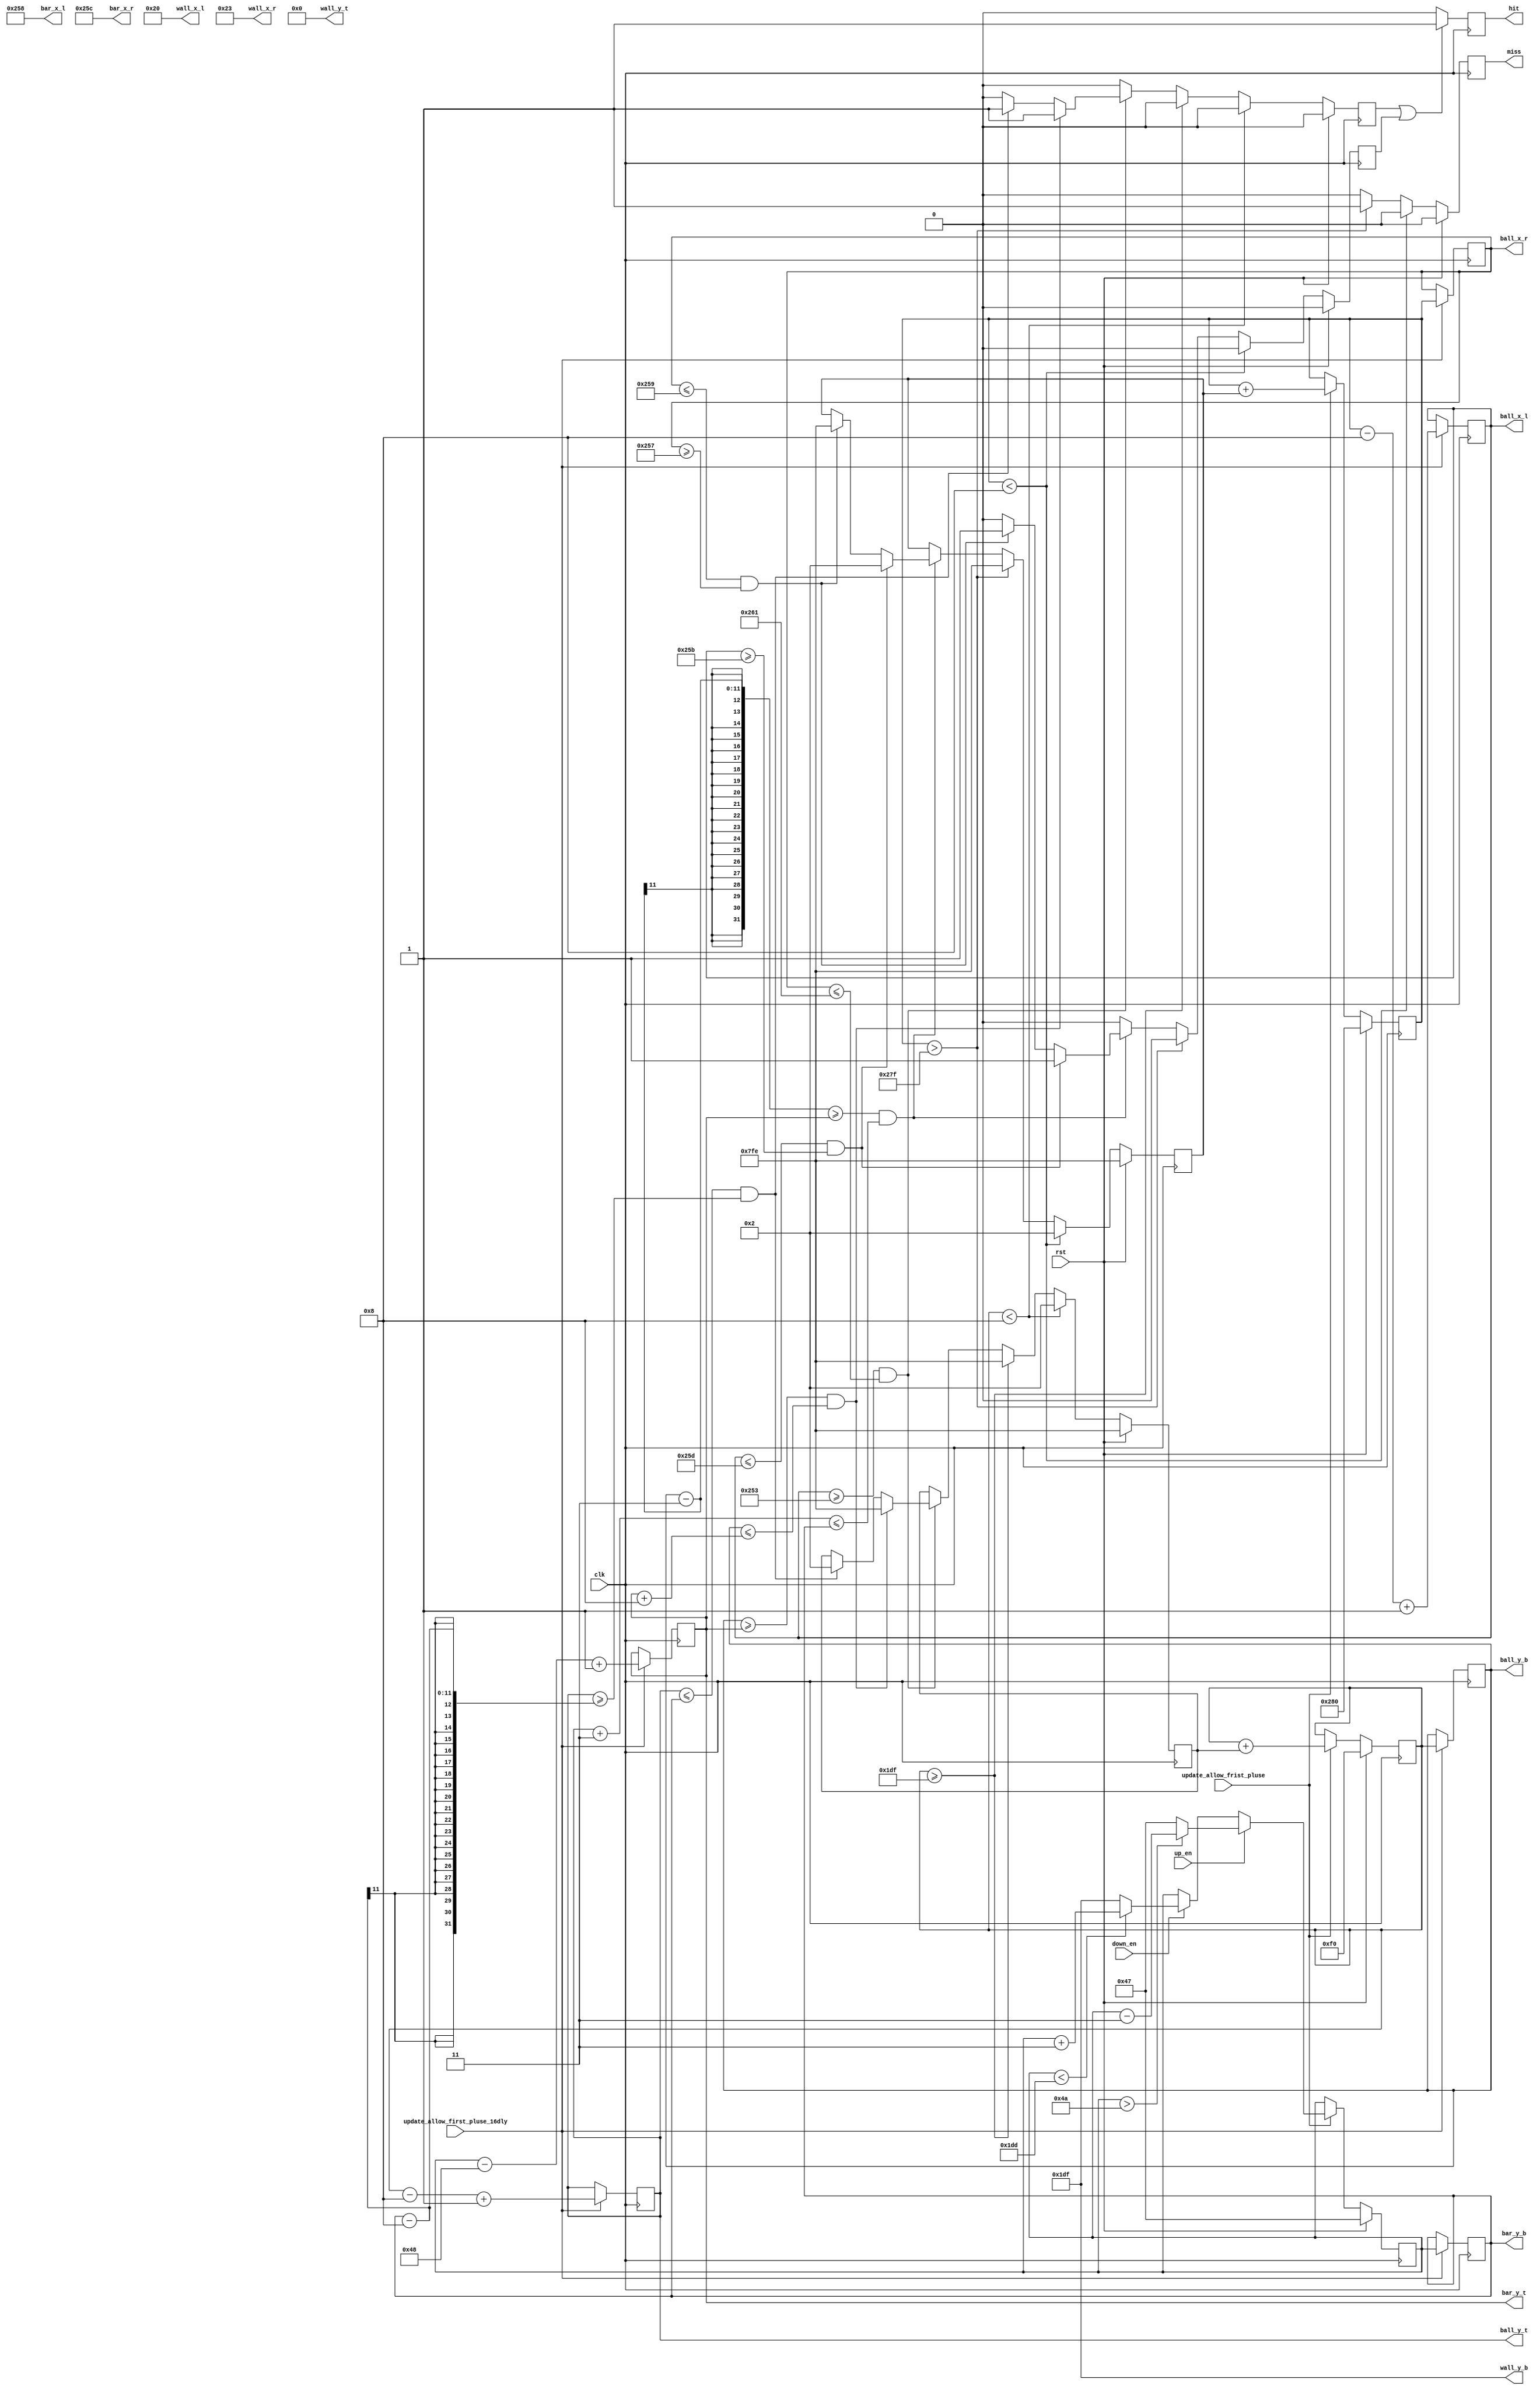
module object_ctrl
(
   // --- clock and reset 
   input  wire        clk,
   input  wire        rst,

   // --- VGA synchronizer 
   input  wire        update_allow_frist_pluse, 
   input  wire        update_allow_first_pluse_16dly, 
    
   // --- outside control signals 
   input  wire        up_en, 
   input  wire        down_en, 
   
   // --- wall singals
   output wire [10:0]  wall_x_l,
   output wire [10:0]  wall_x_r,
   output wire [10:0]  wall_y_t,
   output wire [10:0]  wall_y_b,

   // --- bar singals
   output wire [10:0]  bar_x_l,
   output wire [10:0]  bar_x_r,
   output wire [10:0]  bar_y_t,
   output wire [10:0]  bar_y_b,

   // --- ball  singals
   output wire [10:0]  ball_x_l,
   output wire [10:0]  ball_x_r,
   output wire [10:0]  ball_y_t,
   output wire [10:0]  ball_y_b,
    
   // --- ball status  
   output wire        hit,
   output wire        miss

); 


   // Global properties
   parameter MAX_Y   =  480;
   parameter MAX_X   =  640;  

   // Wall properties
   parameter WALL_X_L = 32;
   parameter WALL_X_R = 35;
   parameter WALL_Y_T = 0;
   parameter WALL_Y_B = 479; 

   // Bar properties 
   parameter BAR_X_L = 600; 
   parameter BAR_X_R = 604; 
   parameter BAR_Y_V = 3 ; // bar moving velocity 
   parameter BAR_Y_SIZE = 72; 

   // Ball properties 
   parameter BALL_X_V = 2 ; // ball X-moving velocity 
   parameter BALL_Y_V = 2 ; // ball Y-moving velocity 
   parameter BALL_SIZE = 8; 

   reg [10:0]  bar_y_b_reg, bar_y_t_r, bar_y_b_r;   

   reg [10:0]  ball_y_offset, ball_x_offset; 
   reg [10:0]  ball_y_b_reg, ball_y_t_r, ball_y_b_r;   
   reg [10:0]  ball_x_r_reg, ball_x_l_r, ball_x_r_r;   

   reg        v_hit_r, h_hit_r, hit_r, miss_r ; 

   //**********************************************************************//
   //  Wall boundry  
   //    -- position is fixed
   //**********************************************************************//
   assign wall_x_l = WALL_X_L;
   assign wall_x_r = WALL_X_R;
   assign wall_y_t = WALL_Y_T;
   assign wall_y_b = WALL_Y_B;

   
   //**********************************************************************//
   //  Bar boundry  
   //    -- x is fixed
   //    -- y can move up/down
   //**********************************************************************//
   assign bar_x_l = BAR_X_L;
   assign bar_x_r = BAR_X_R;
   assign bar_y_t = bar_y_t_r; 
   assign bar_y_b = bar_y_b_r; 

   always @( posedge clk ) begin 
      if ( rst ) begin 
         bar_y_b_reg <= BAR_Y_SIZE - 1'b1 ;   
      end else if ( update_allow_frist_pluse ) begin 
         if ( up_en ) begin
            if ( bar_y_b_reg > ( BAR_Y_SIZE + BAR_Y_V -1 ) ) begin 
               bar_y_b_reg  <= bar_y_b_reg - BAR_Y_V ; 
            end else begin
               bar_y_b_reg  <= BAR_Y_SIZE - 1 ; 
            end
         end else if ( down_en ) begin
            if ( bar_y_b_reg  < ( MAX_Y - BAR_Y_V ) ) begin 
               bar_y_b_reg  <= bar_y_b_reg + BAR_Y_V ; 
            end else begin 
               bar_y_b_reg  <= MAX_Y - 1 ; 
            end
         end 
      end
   end   

   always @( posedge clk ) begin 
      if (  update_allow_first_pluse_16dly ) begin  
         bar_y_t_r  <= bar_y_b_reg - BAR_Y_SIZE + 1'b1 ; 
         bar_y_b_r  <= bar_y_b_reg ; 
      end   
   end 

   //**********************************************************************//
   //  Ball boundry  
   //    -- x can move let/right 
   //    -- y can move up/down
   //**********************************************************************//

         
   assign ball_x_l = ball_x_l_r;
   assign ball_x_r = ball_x_r_r;
   assign ball_y_t = ball_y_t_r; 
   assign ball_y_b = ball_y_b_r; 

   // pipeline to update y positions
   // stage 1 : update moving offset 
   always @( posedge clk ) begin 
      if ( rst ) begin 
         ball_y_offset <= -BALL_Y_V ;                  // Defaul move is up    
         v_hit_r       <= 1'b0;  
      end else begin 
         v_hit_r         <= 1'b0;  
         if ( ball_y_b_reg <  BALL_SIZE ) begin     // Touch top
            ball_y_offset <= BALL_Y_V ;                   // Move down 
         end else if ( ball_y_b_reg >= ( MAX_Y - 1 ) ) begin     // Touch bottom 
            ball_y_offset <= -BALL_Y_V ;                  // Move up
         end else if (  ( ball_x_l_r  >= ( bar_x_l - 5 ) ) && ( ball_x_r_r <= ( bar_x_r + 5 ) ) )  begin 
            if ( ( ball_y_b_r >= bar_y_t_r ) && ( ball_y_b_r <= bar_y_t_r + BALL_SIZE ) ) begin 
               ball_y_offset <= -BALL_Y_V ;                  // Defaul move is up    
               v_hit_r       <= 1'b1;  
            end else if ( ( ball_y_t_r <= bar_y_b_r ) && ( ball_y_t_r >=  bar_y_b_r - BALL_SIZE ) ) begin 
               ball_y_offset <= BALL_Y_V ;                   // Move down 
               v_hit_r       <= 1'b1;  
            end  
         end   
      end    
   end 

   // stage 2 : update postion register with offset 
   always @( posedge clk ) begin 
      if ( rst ) begin 
         ball_y_b_reg <= MAX_Y/2  ;  
      end else if ( update_allow_frist_pluse ) begin 
         ball_y_b_reg <= ball_y_b_reg + ball_y_offset ;  
      end
   end   

   // stage 3 : update 2 postion registers 
   always @( posedge clk ) begin 
      if (  update_allow_first_pluse_16dly ) begin  
         ball_y_t_r  <= ball_y_b_reg - BALL_SIZE + 1'b1 ; 
         ball_y_b_r  <= ball_y_b_reg ; 
      end   
   end 

   // pipeline to update x positions
   // stage 1 : update moving offset 
   always @( posedge clk ) begin 
      if ( rst ) begin 
         ball_x_offset <= -BALL_X_V ;                  // Defaul move is left    
         h_hit_r       <= 1'b0 ;   
         miss_r        <= 1'b0 ; 
      end else begin 
         h_hit_r       <= 1'b0 ;   
         miss_r        <= 1'b0 ; 
         if ( ball_x_r_reg <  BALL_SIZE ) begin     // Touch left
            ball_x_offset <= BALL_X_V ;                   // Move right 
         end else if ( ball_x_r_reg > ( MAX_X - 1 ) ) begin     // Touch right 
            ball_x_offset <= -BALL_X_V ;                  // Move left
            miss_r        <= 1'b1 ; 
         end else if (  ( ( ball_y_b_r -3 )  >= bar_y_t_r ) && ( ( ball_y_t_r + 3 ) <= bar_y_b_r ) )  begin 
            if ( ( ball_x_l_r <= ( bar_x_r + 1 ) ) && ( ball_x_l_r >=  ( bar_x_r - 1 ) ) ) begin 
               ball_x_offset <= BALL_X_V ;                   // Move right 
               h_hit_r       <= 1'b1 ;   
            end else if ( ( ball_x_r_r <= ( bar_x_l + 1 ) ) && ( ball_x_r_r >=  ( bar_x_l - 1 ) ) ) begin 
               ball_x_offset <= -BALL_X_V ;                  // Move left
               h_hit_r       <= 1'b1 ;   
            end   
         end    
      end
   end 

   // stage 2 : update postion register with offset 
   always @( posedge clk ) begin 
      if ( rst ) begin 
         ball_x_r_reg <= MAX_X  ;  
      end else if ( update_allow_frist_pluse ) begin 
         ball_x_r_reg <= ball_x_r_reg + ball_x_offset ;  
      end
   end   

   // stage 3 : update 2 postion registers 
   always @( posedge clk ) begin 
      if ( update_allow_first_pluse_16dly ) begin  
         ball_x_l_r  <= ball_x_r_reg - BALL_SIZE + 1'b1 ; 
         ball_x_r_r  <= ball_x_r_reg ; 
      end   
   end 


   always @( posedge clk ) begin  
      if ( v_hit_r | h_hit_r ) begin 
         hit_r   <= 1'b1 ; 
      end else begin 
         hit_r   <= 1'b0 ; 
      end
   end

   assign   hit   =  hit_r ; 
   assign   miss  =  miss_r;

endmodule